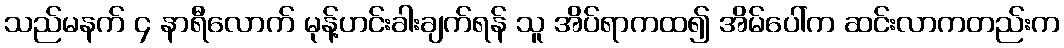
သည်မနက် ၄ နာရီလောက် မုန့်ဟင်းခါးချက်ရန် သူ အိပ်ရာကထ၍ အိမ်ပေါ်က ဆင်းလာကတည်းက